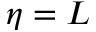
\eta = L